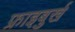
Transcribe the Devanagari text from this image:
फ्राइबुर्ख